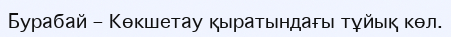
Бурабай – Көкшетау қыратындағы тұйық көл.